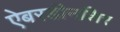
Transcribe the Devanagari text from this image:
ऐबरडीनशिर